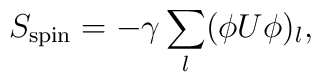
S_{\rm spin}= - \gamma \sum_l ( \phi U \phi)_l,